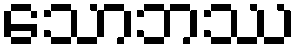
သောဘဿ